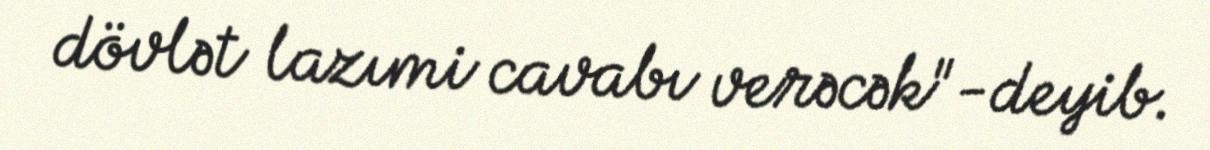
dövlət lazımi cavabı verəcək"-deyib.